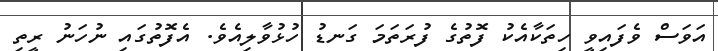
އަވަސް ވެފައިވީ ހިތަކާއެކު ފޮތުގެ ފުރަތަމަ ގަނޑު ހުޅުވާލިއެވެ. އެފޮތުގައި ނުހަނު ރީތި